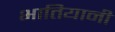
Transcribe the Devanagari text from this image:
भातियानी